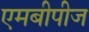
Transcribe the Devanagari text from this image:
एमबीपीज